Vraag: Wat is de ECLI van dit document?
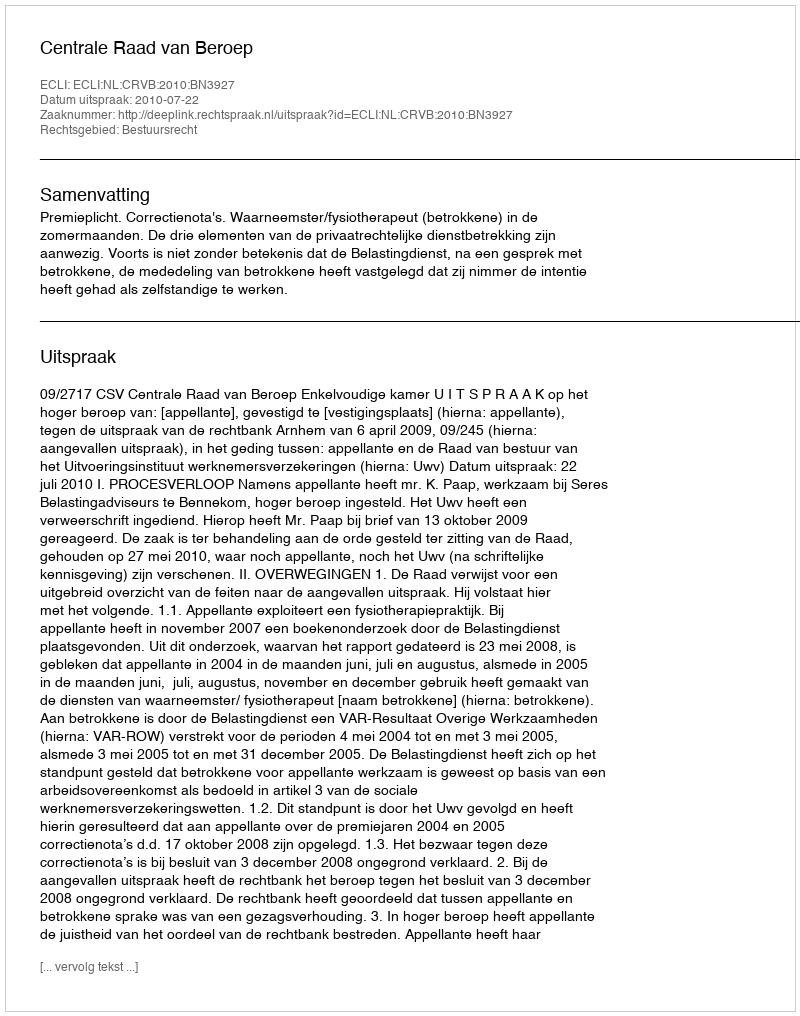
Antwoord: ECLI:NL:CRVB:2010:BN3927